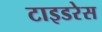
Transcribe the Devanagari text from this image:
टाइडरेस